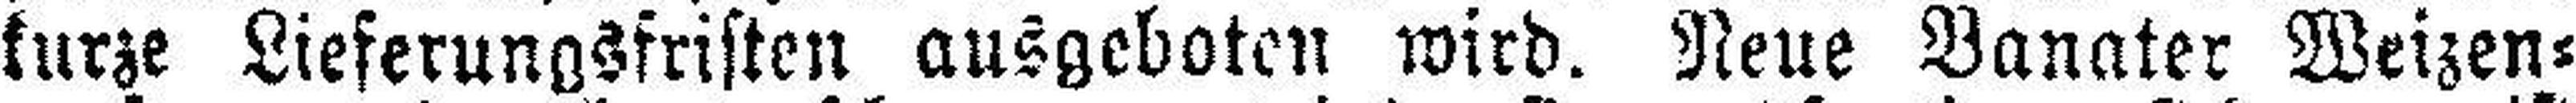
kurze Lieferungsfristen ausgeboten wird. Neue Vanater Weizen¬